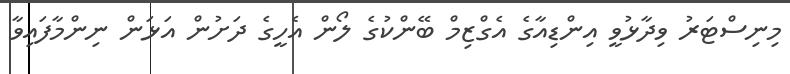
މިނިސްޓަރު ވިދާޅުވީ އިންޑިއާގެ އެގްޒިމް ބޭންކުގެ ލޯން އެހީގެ ދަށުން އަޅަން ނިންމާފައިވާ